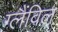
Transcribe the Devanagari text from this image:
ग्लैंविल